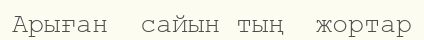
Арыған  сайын тың  жортар